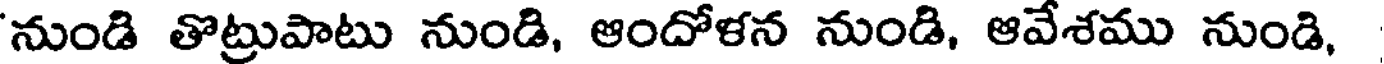
'నుండి తొట్రుపాటు నుండి, ఆందోళన నుండి, ఆవేశము నుండి,